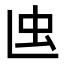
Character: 𧈞